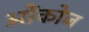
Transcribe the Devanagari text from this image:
ओंकोज